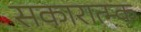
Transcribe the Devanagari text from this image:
सकारात्म्क